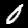
Digit: 0